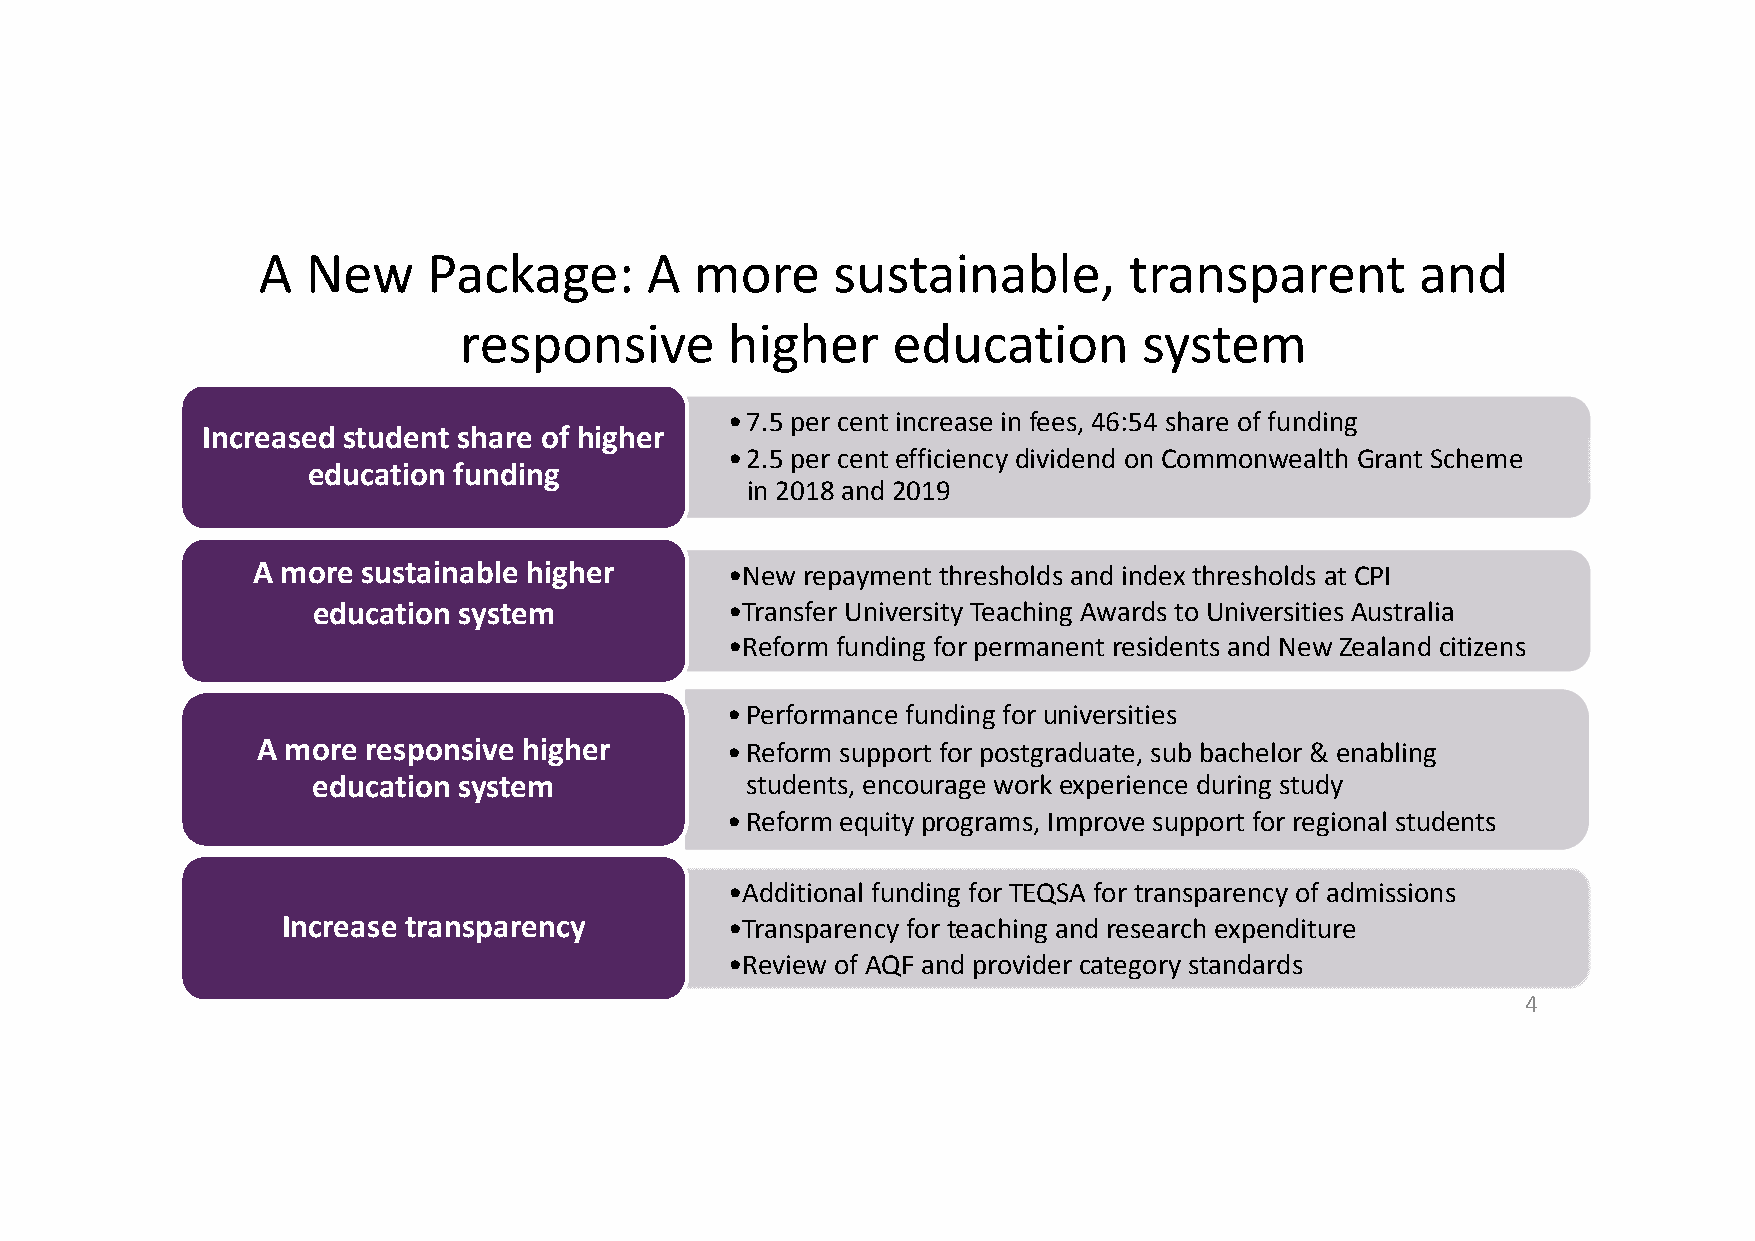
A  New     Package:       A  more     sustainable,        transparent        and
 responsive        higher     education        system
 •7.5 per cent increase in fees, 46:54 share of funding
 Increased student share of higher
 •2.5 per cent efficiency dividend on Commonwealth Grant Scheme
 education funding
 in 2018 and 2019
 A more sustainable higher      •New repayment thresholds and index thresholds at CPI
 education system           •Transfer University Teaching Awards to Universities Australia
 •Reform funding for permanent residents and New Zealand citizens
 •Performance funding for universities
 A more responsive higher       •Reform support for postgraduate, sub bachelor & enabling
 education system            students, encourage work experience during study
 •Reform equity programs, Improve support for regional students
 •Additional funding for TEQSA for transparency of admissions
 Increase transparency        •Transparency for teaching and research expenditure
 •Review of AQF and provider category standards
 4